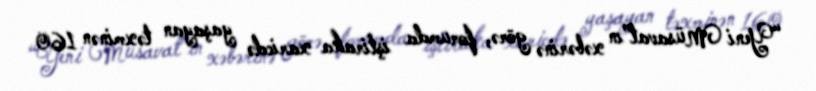
“Yeni Müsavat”ın xəbərinə görə, forumda iştiraka xaricdə yaşayan təxminən 160